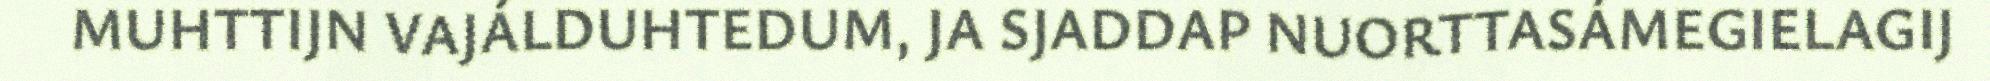
MUHTTIJN VAJÁLDUHTEDUM, JA SJADDAP NUORTTASÁMEGIELAGIJ